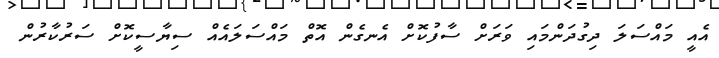
އެއީ މައްސަލަ ދިގުދަންމައި ވަރަށް ސާފުކޮށް އެނގެން އޮތް މައްސަލައެއް ސިޔާސީކޮށް ސަރުކާރުން